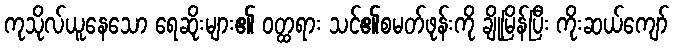
ကုသိုလ်ယူနေသော ရေဆိုးများ၏ ဝတ္ထရား သင်၏စမတ်ဖုန်းကို ချိုမြိန်ပြီး ကိုးဆယ်ကျော်